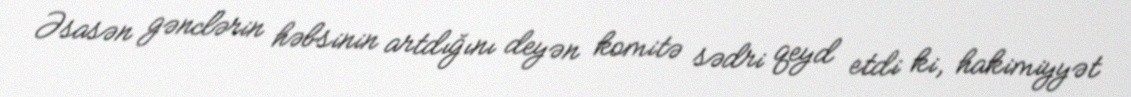
Əsasən gənclərin həbsinin artdığını deyən komitə sədri qeyd etdi ki, hakimiyyət